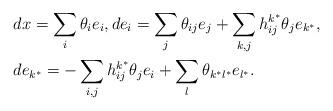
LaTeX: \begin{align*}&dx=\sum_{i}\theta_{i}e_{i},de_{i}=\sum_{j}\theta_{ij}e_{j}+\sum_{k,j}h_{ij}^{k^{*}}\theta_{j}e_{k^{*}},\\&de_{k^{*}}=-\sum_{i,j}h_{ij}^{k^{*}}\theta_{j}e_{i}+\sum_{l}\theta_{k^{*}l^{*}}e_{l^{*}}.\end{align*}